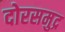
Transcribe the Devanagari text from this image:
दोरसमुद्र